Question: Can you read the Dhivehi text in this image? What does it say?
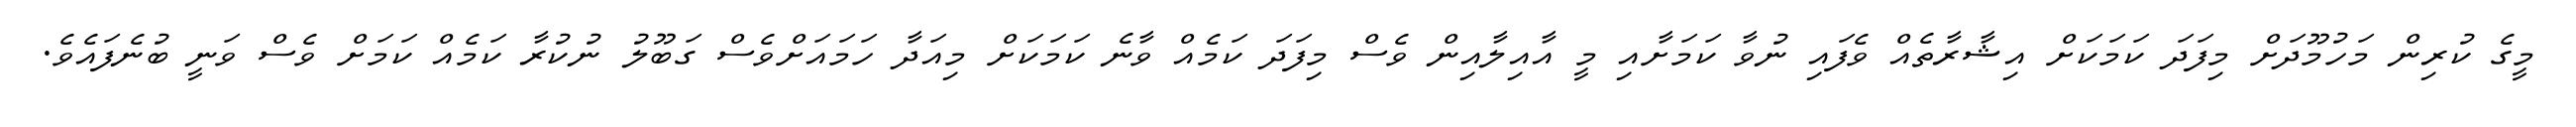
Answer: މީގެ ކުރިން މަހުމޫދަށް މިފަދަ ކަމަކަށް އިޝާރާތެއް ވެފައި ނުވާ ކަމަށާއި މީ އާއިލާއިން ވެސް މިފަދަ ކަމެއް ވާނެ ކަމަކަށް މިއަދާ ހަމައަށްވެސް ގަބޫލު ނުކުރާ ކަމެއް ކަމަށް ވެސް ވަނީ ބުނެފައެވެ.